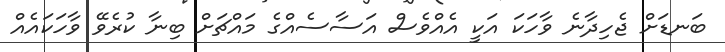
ބަނޑަށް ޖެހިދާނެ ވާހަކަ އަކީ އެއްވެސް އަސާސެއްގެ މައްޗަށް ބިނާ ކުރެވޭ ވާހަކައެއް